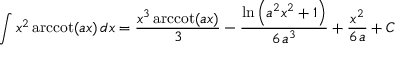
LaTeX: \int x ^ { 2 } \operatorname { a r c c o t } ( a x ) \, d x = { \frac { x ^ { 3 } \operatorname { a r c c o t } ( a x ) } { 3 } } - { \frac { \ln \left( a ^ { 2 } x ^ { 2 } + 1 \right) } { 6 \, a ^ { 3 } } } + { \frac { x ^ { 2 } } { 6 \, a } } + C